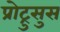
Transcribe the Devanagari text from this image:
प्रोट्रुसुस